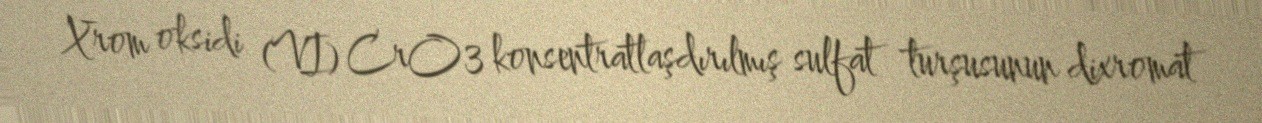
Xrom oksidi (VI) CrO3 konsentratlaşdırılmış sulfat turşusunun dixromat